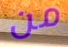
من